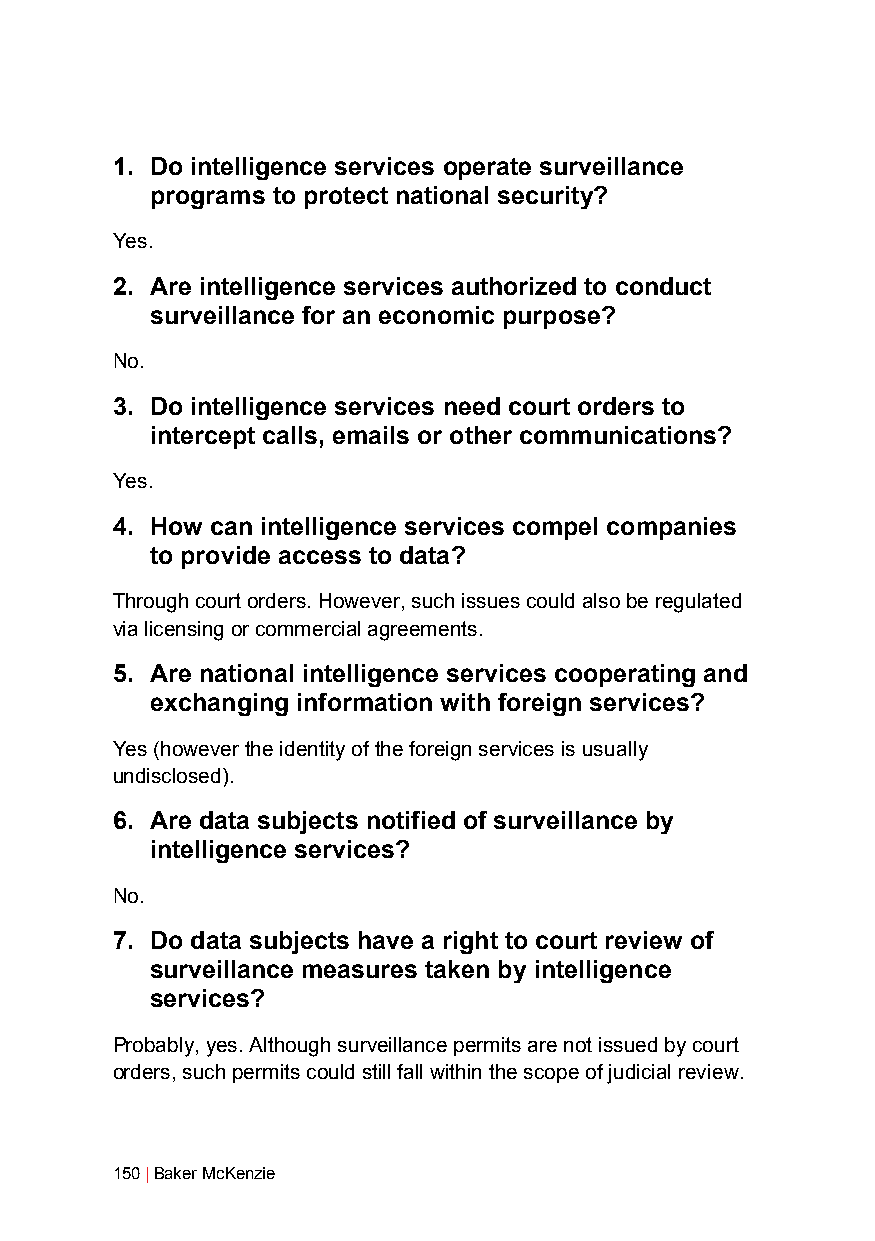
1. Do intelligence services operate surveillance
 programs to protect national security?
 Yes.
 2. Are intelligence services authorized to conduct
 surveillance for an economic purpose?
 No.
 3. Do intelligence services need court orders to
 intercept calls, emails or other communications?
 Yes.
 4. How can intelligence services compel companies
 to provide access to data?
 Through court orders. However, such issues could also be regulated
 via licensing or commercial agreements.
 5. Are national intelligence services cooperating and
 exchanging information with foreign services?
 Yes (however the identity of the foreign services is usually
 undisclosed).
 6. Are data subjects notified of surveillance by
 intelligence services?
 No.
 7. Do data subjects have a right to court review of
 surveillance measures taken by intelligence
 services?
 Probably, yes. Although surveillance permits are not issued by court
 orders, such permits could still fall within the scope of judicial review.
 150 | Baker McKenzie